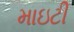
માઇટી